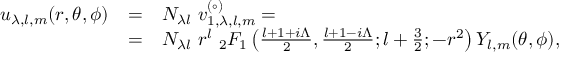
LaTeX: \begin{array} { r c l } { { u _ { \lambda , l , m } ( r , \theta , \phi ) } } & { { = } } & { { N _ { \lambda l } \ v _ { 1 , \lambda , l , m } ^ { ( \circ ) } = } } \\ { { } } & { { = } } & { { N _ { \lambda l } \ r ^ { l } \ _ { 2 } F _ { 1 } \left( { \frac { l + 1 + i \Lambda } { 2 } } , { \frac { l + 1 - i \Lambda } { 2 } } ; l + { \frac { 3 } { 2 } } ; - r ^ { 2 } \right) Y _ { l , m } ( \theta , \phi ) , } } \end{array}